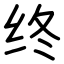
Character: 终